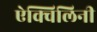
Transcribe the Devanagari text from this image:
ऐक्विलिनी